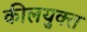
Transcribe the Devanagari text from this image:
कीलयुक्त